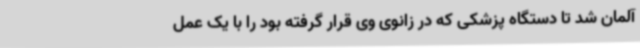
آلمان شد تا دستگاه پزشکی که در زانوی وی قرار گرفته بود را با یک عمل